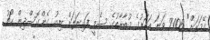
ގޭމަކަށް" 2005 ވަނަ އަހަރުގެ މުބާރާތުގެ ސެމީ ފައިނަލަށް ނިއު ގެންގޮސްދިން ކޯޗު